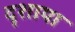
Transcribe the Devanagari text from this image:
दृशाया